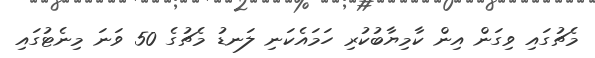
މެޗުގައި ވިގަން އިން ކާމިޔާބުކުރި ހަމައެކަނި ލަނޑު މެޗުގެ 50 ވަނަ މިނެޓުގައި